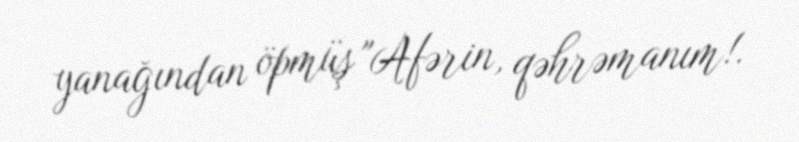
yanağından öpmüş "Afərin, qəhrəmanım!.